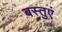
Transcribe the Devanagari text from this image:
बस्तुएं